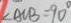
\angle A C B = 9 0 ^ { \circ }